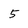
Character: 5